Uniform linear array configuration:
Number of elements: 12
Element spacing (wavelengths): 0.25
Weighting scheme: blackman
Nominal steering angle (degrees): -60
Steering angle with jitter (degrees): -60.375
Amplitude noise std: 0.05
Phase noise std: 0.05

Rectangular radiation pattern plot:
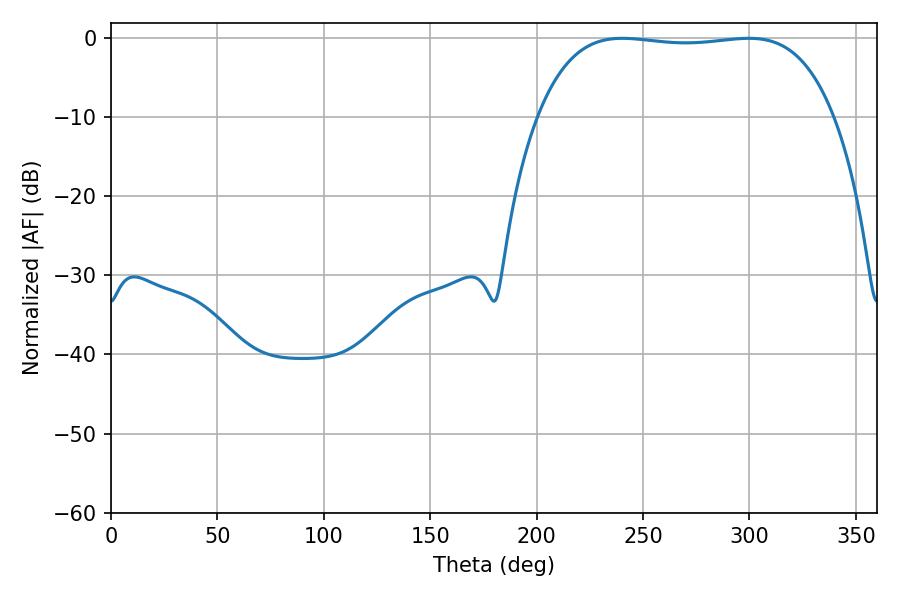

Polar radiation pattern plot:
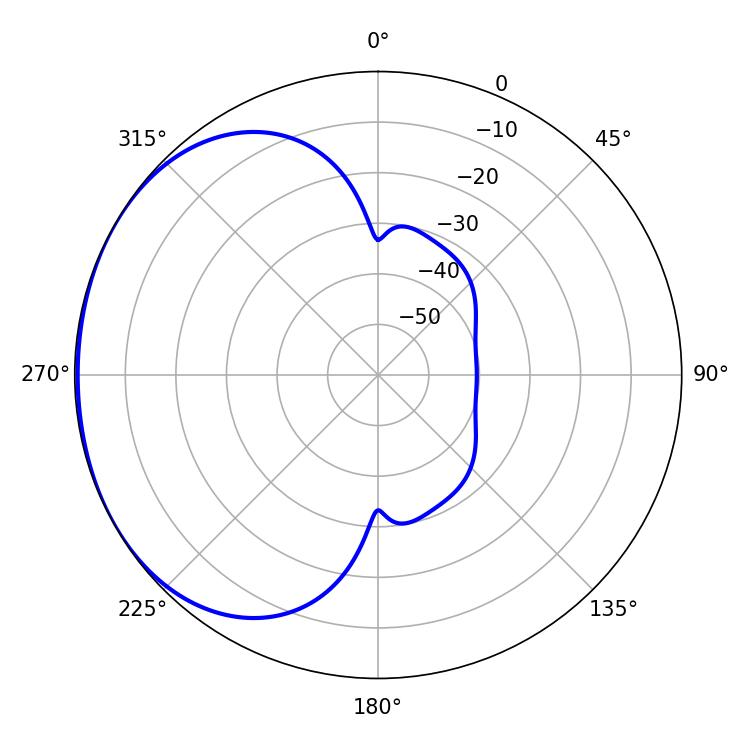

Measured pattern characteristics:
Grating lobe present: FALSE
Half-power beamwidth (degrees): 110.16
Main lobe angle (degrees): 240.3